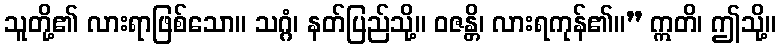
သူတို့၏ လားရာဖြစ်သော။ သဂ္ဂံ၊ နတ်ပြည်သို့။ ဝဇန္တိ၊ လားရကုန်၏။” ဣတိ၊ ဤသို့။